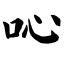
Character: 吣